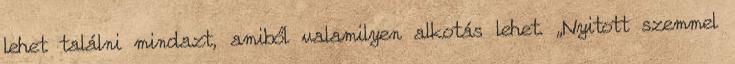
lehet találni mindazt, amiből valamilyen alkotás lehet. „Nyitott szemmel